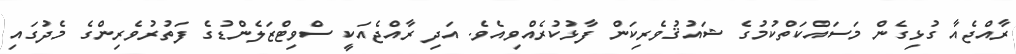
ރާއްޖެއާ ގުޅިގެން މަސައްކަތްކުމުގެ ޝައުޤުވެރިކަން ފާޅުކުރެއްވިއެވެ. އަދި ރާއްޖެއަކީ ސްވިޓްޒަލެންޑުގެ ފަތުރުވެރިންގެ މެދުގައި